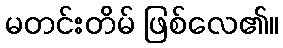
မတင်းတိမ် ဖြစ်လေ၏။